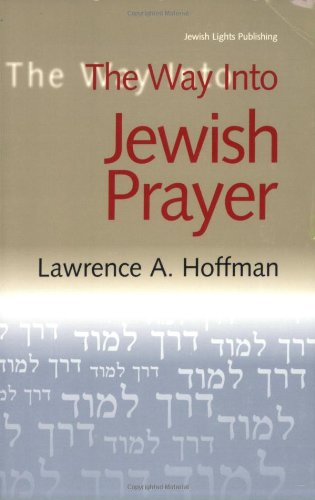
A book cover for The Way Into Jewish Prayer; Rabbi Lawrence A. Hoffman PhD; Religion & Spirituality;